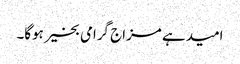
امید ہے مزاج گرامی بخیر ہوگا۔